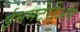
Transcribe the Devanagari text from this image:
ईममटेरीअल